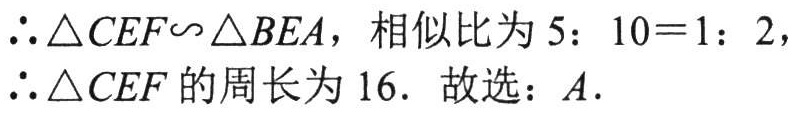
\(\therefore\triangle CEF\backsim\triangle BEA\)，相似比为\(5\colon10 = 1\colon2\)，
\(\therefore\triangle CEF\)的周长为\(16\). 故选：\(A\).